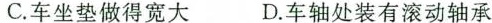
C.车坐垫做得宽大 D.车轴处装有滚动轴承